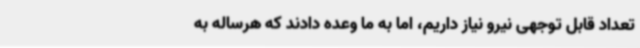
تعداد قابل توجهی نیرو نیاز داریم، اما به ما وعده دادند که هرساله به